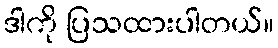
ဒါကို ပြသထားပါတယ်။